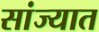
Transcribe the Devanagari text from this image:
सांज्यात